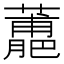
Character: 𧁳